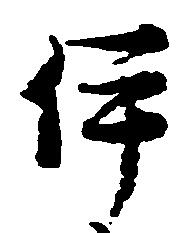
伊